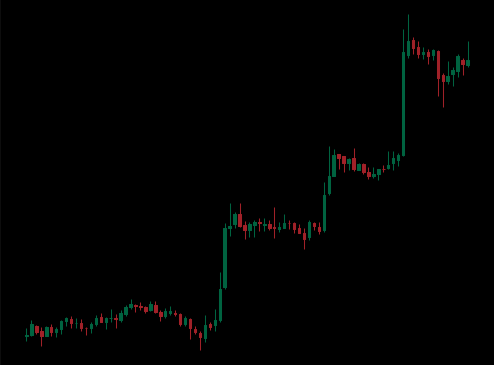
Pattern: unclassified